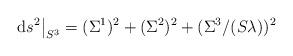
LaTeX: \begin{align*}{\rm d}s^2\big\vert_{S^3} = (\Sigma^1)^2+(\Sigma^2)^2+(\Sigma^3/(S\lambda))^2\end{align*}